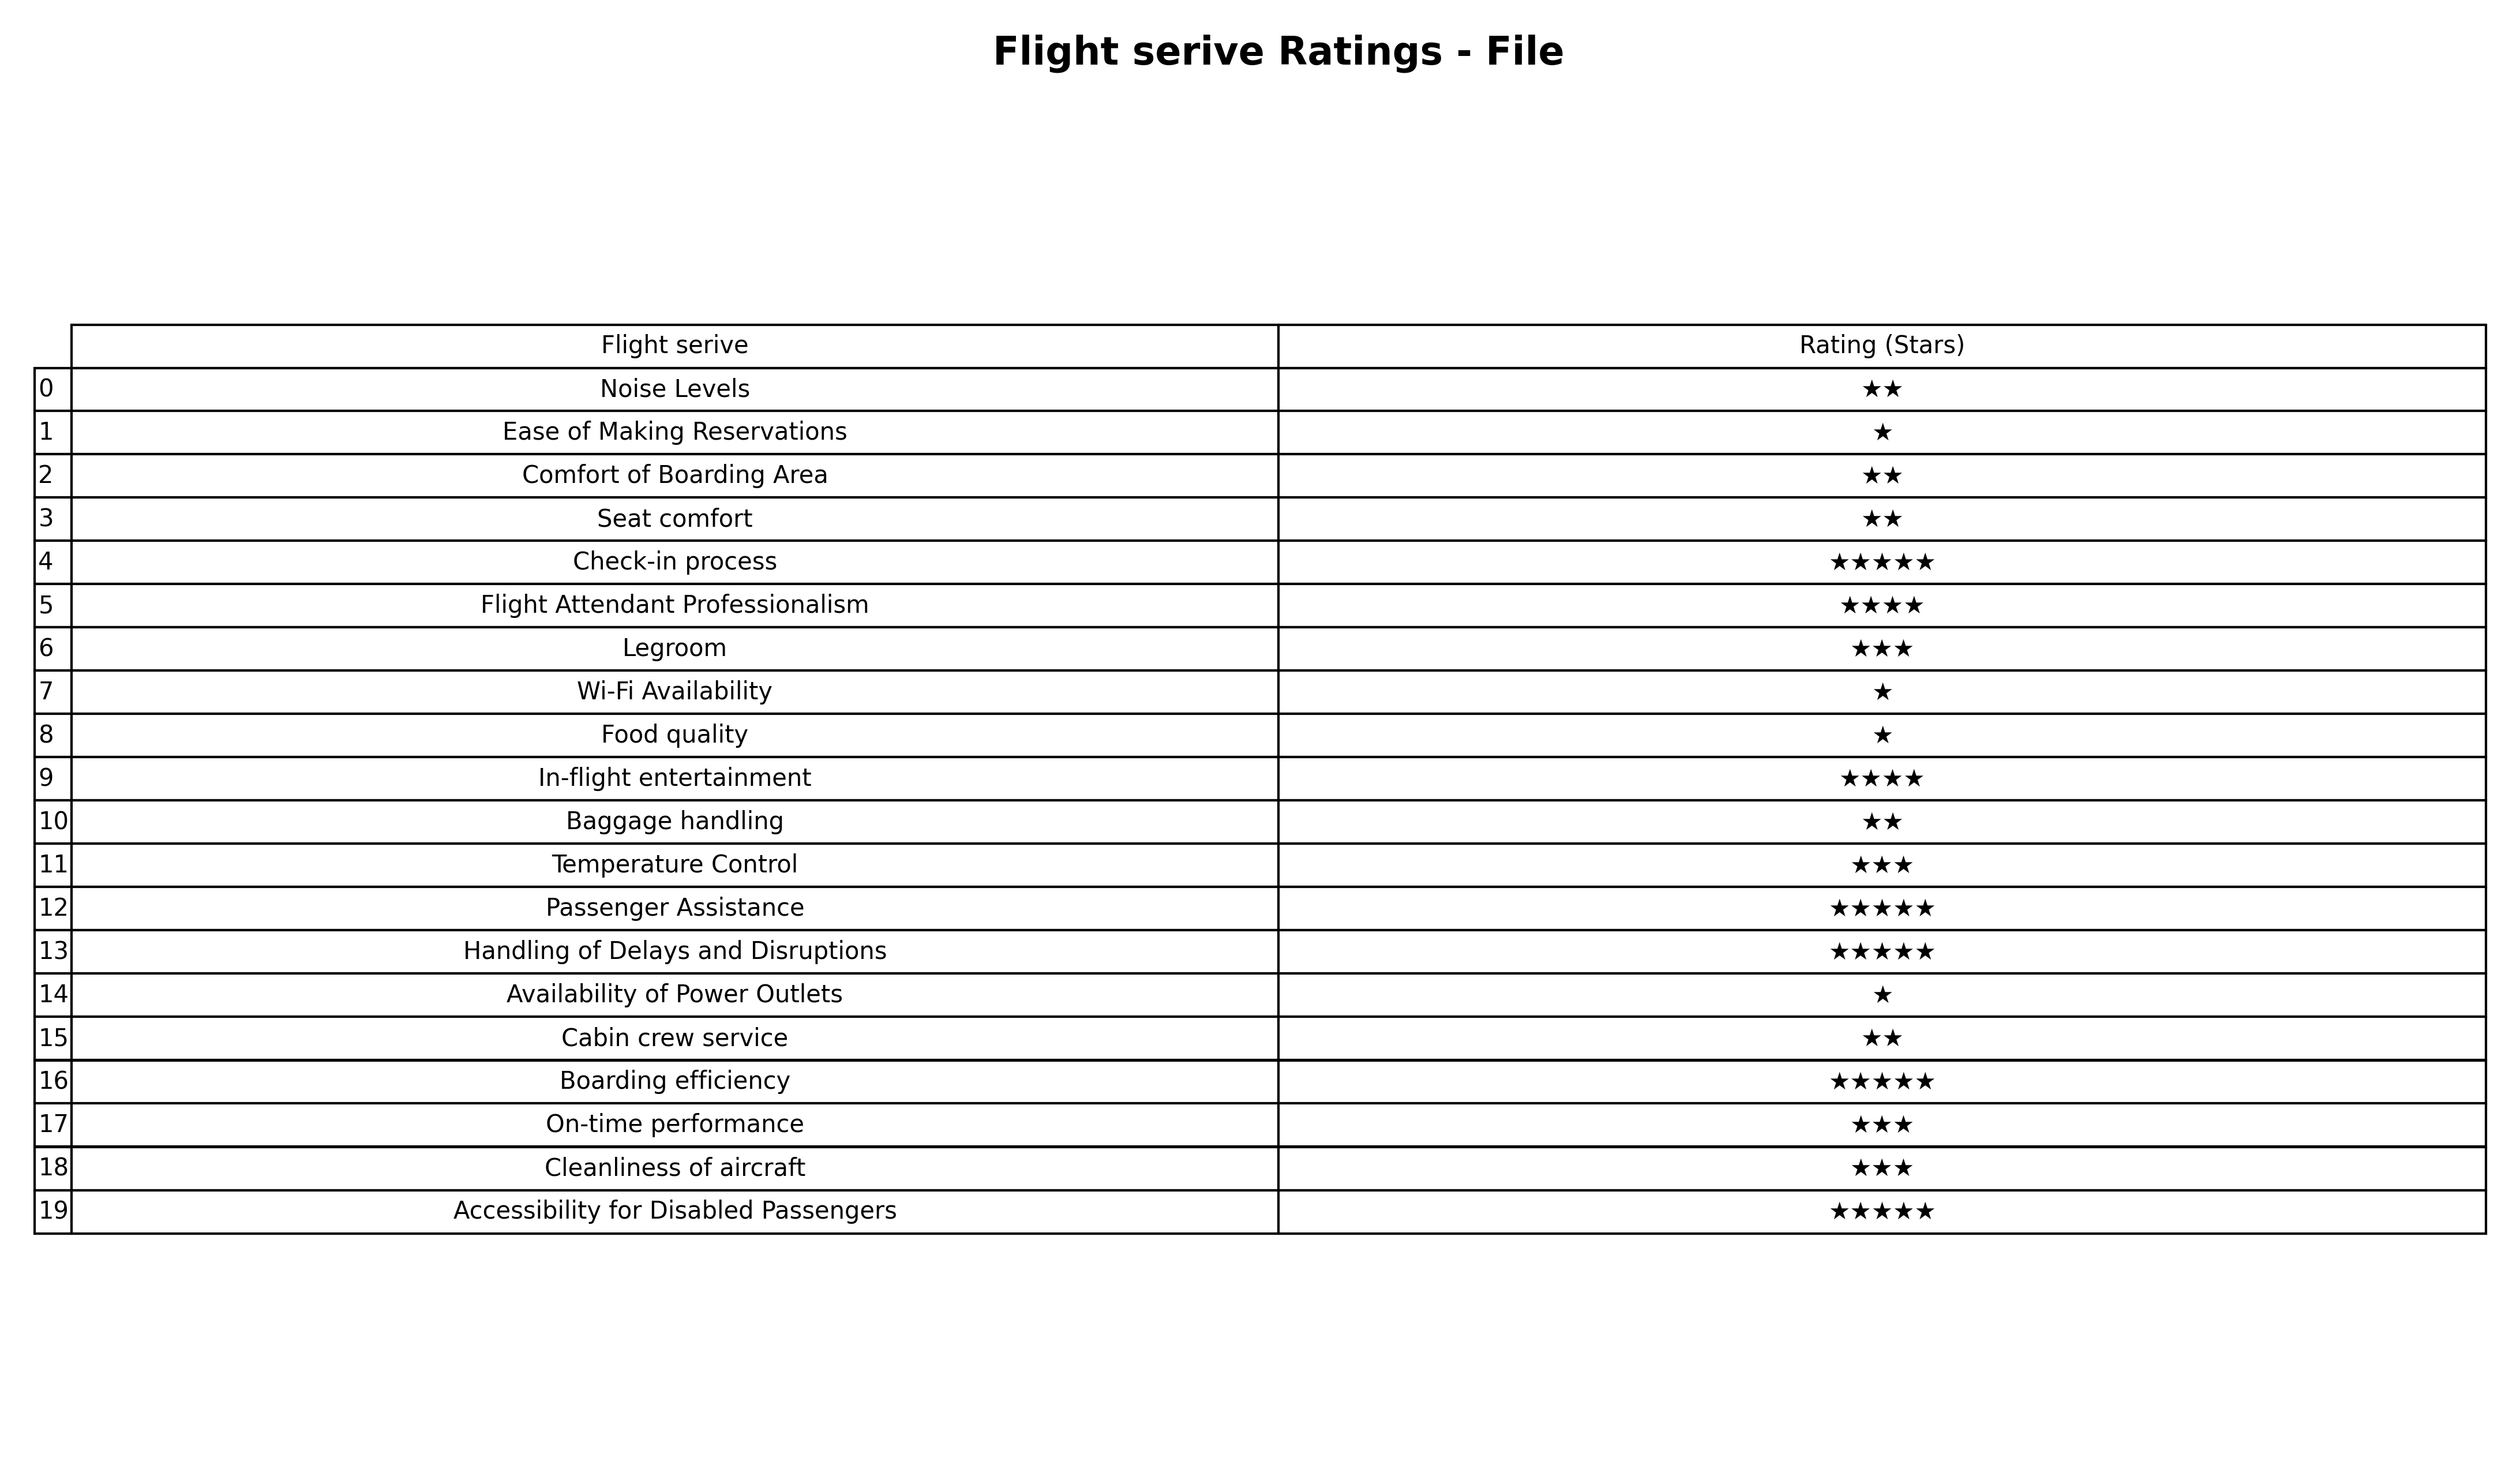
question: What is the rating of Flight Attendant Professionalism?
answer: ★★★★